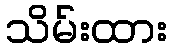
သိမ်းထား